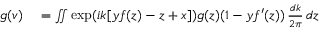
\begin{array} { r l } { g ( v ) } & { { } = \iint \exp ( i k [ y f ( z ) - z + x ] ) g ( z ) ( 1 - y f ^ { \prime } ( z ) ) \, { \frac { d k } { 2 \pi } } \, d z } \end{array}